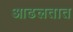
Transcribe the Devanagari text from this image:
आढलतात